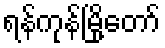
ရန်ကုန်မြို့တော်